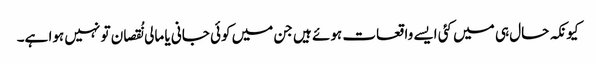
کیونکہ حال ہی میں کئی ایسے واقعات ہوئے ہیں جن میں کوئی جانی یا مالی نُقصان تو نہیں ہوا ہے۔